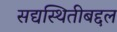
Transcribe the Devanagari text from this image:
सद्यस्थितीबद्दल